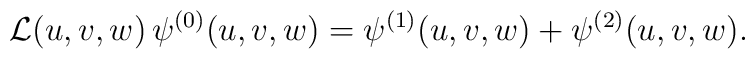
{\cal L}(u,v,w)\,\psi^{(0)}(u,v,w) =\psi^{(1)}(u,v,w)+\psi^{(2)}(u,v,w).